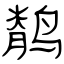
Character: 鹡